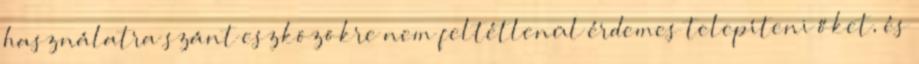
használatra szánt eszközökre nem feltétlenül érdemes telepíteni őket, és